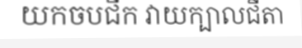
យកចបជីក វាយក្បាលជីតា